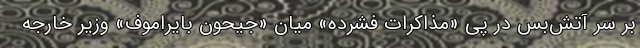
بر سر آتش‌بس در پی «مذاکرات فشرده» میان «جیحون بایراموف» وزیر خارجه